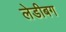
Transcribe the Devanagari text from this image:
लेडीबग